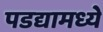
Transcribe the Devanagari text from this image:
पडद्यामध्ये